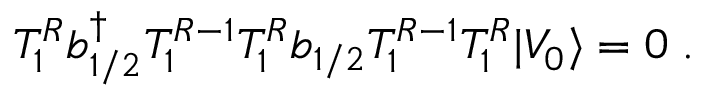
T _ { 1 } ^ { R } b { ^ \dagger _ { 1 / 2 } } T _ { 1 } ^ { R - 1 } T _ { 1 } ^ { R } b _ { 1 / 2 } T _ { 1 } ^ { R - 1 } T _ { 1 } ^ { R } \vert V _ { 0 } \rangle = 0 \; .